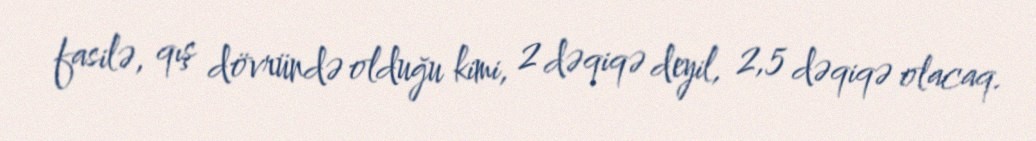
fasilə, qış dövründə olduğu kimi, 2 dəqiqə deyil, 2,5 dəqiqə olacaq.